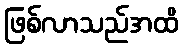
ဖြစ်လာသည်အထိ